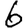
Digit: 6